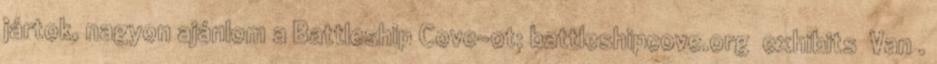
jártok, nagyon ajánlom a Battleship Cove-ot: battleshipcove.org exhibits Van .